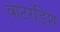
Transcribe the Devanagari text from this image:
वाटरडिश